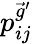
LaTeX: p_{ij}^{\vec{g}^{\prime}}